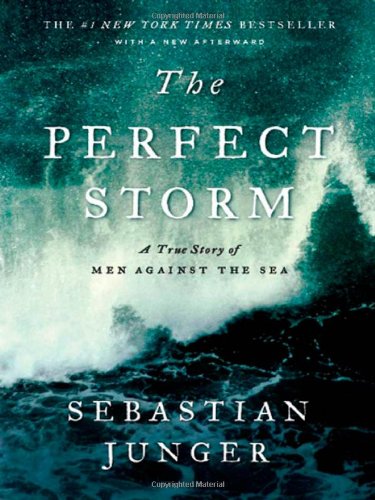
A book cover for The Perfect Storm: A True Story of Men Against the Sea; Sebastian Junger; Science & Math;